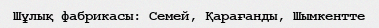
Шұлық фабрикасы: Семей, Қарағанды, Шымкентте